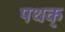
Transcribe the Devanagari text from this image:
पथक्